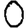
Digit: 0